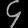
Digit: ၄